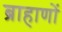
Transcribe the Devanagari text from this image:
ब्राहाणों